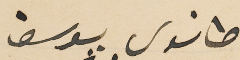
طانوس يوسف